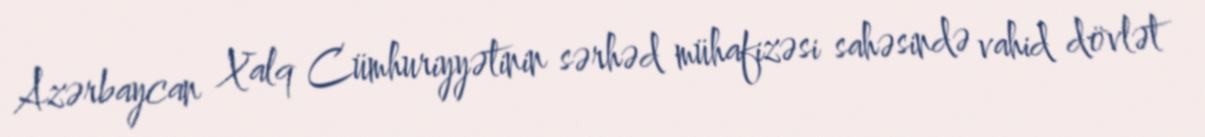
Azərbaycan Xalq Cümhuriyyətinin sərhəd mühafizəsi sahəsində vahid dövlət